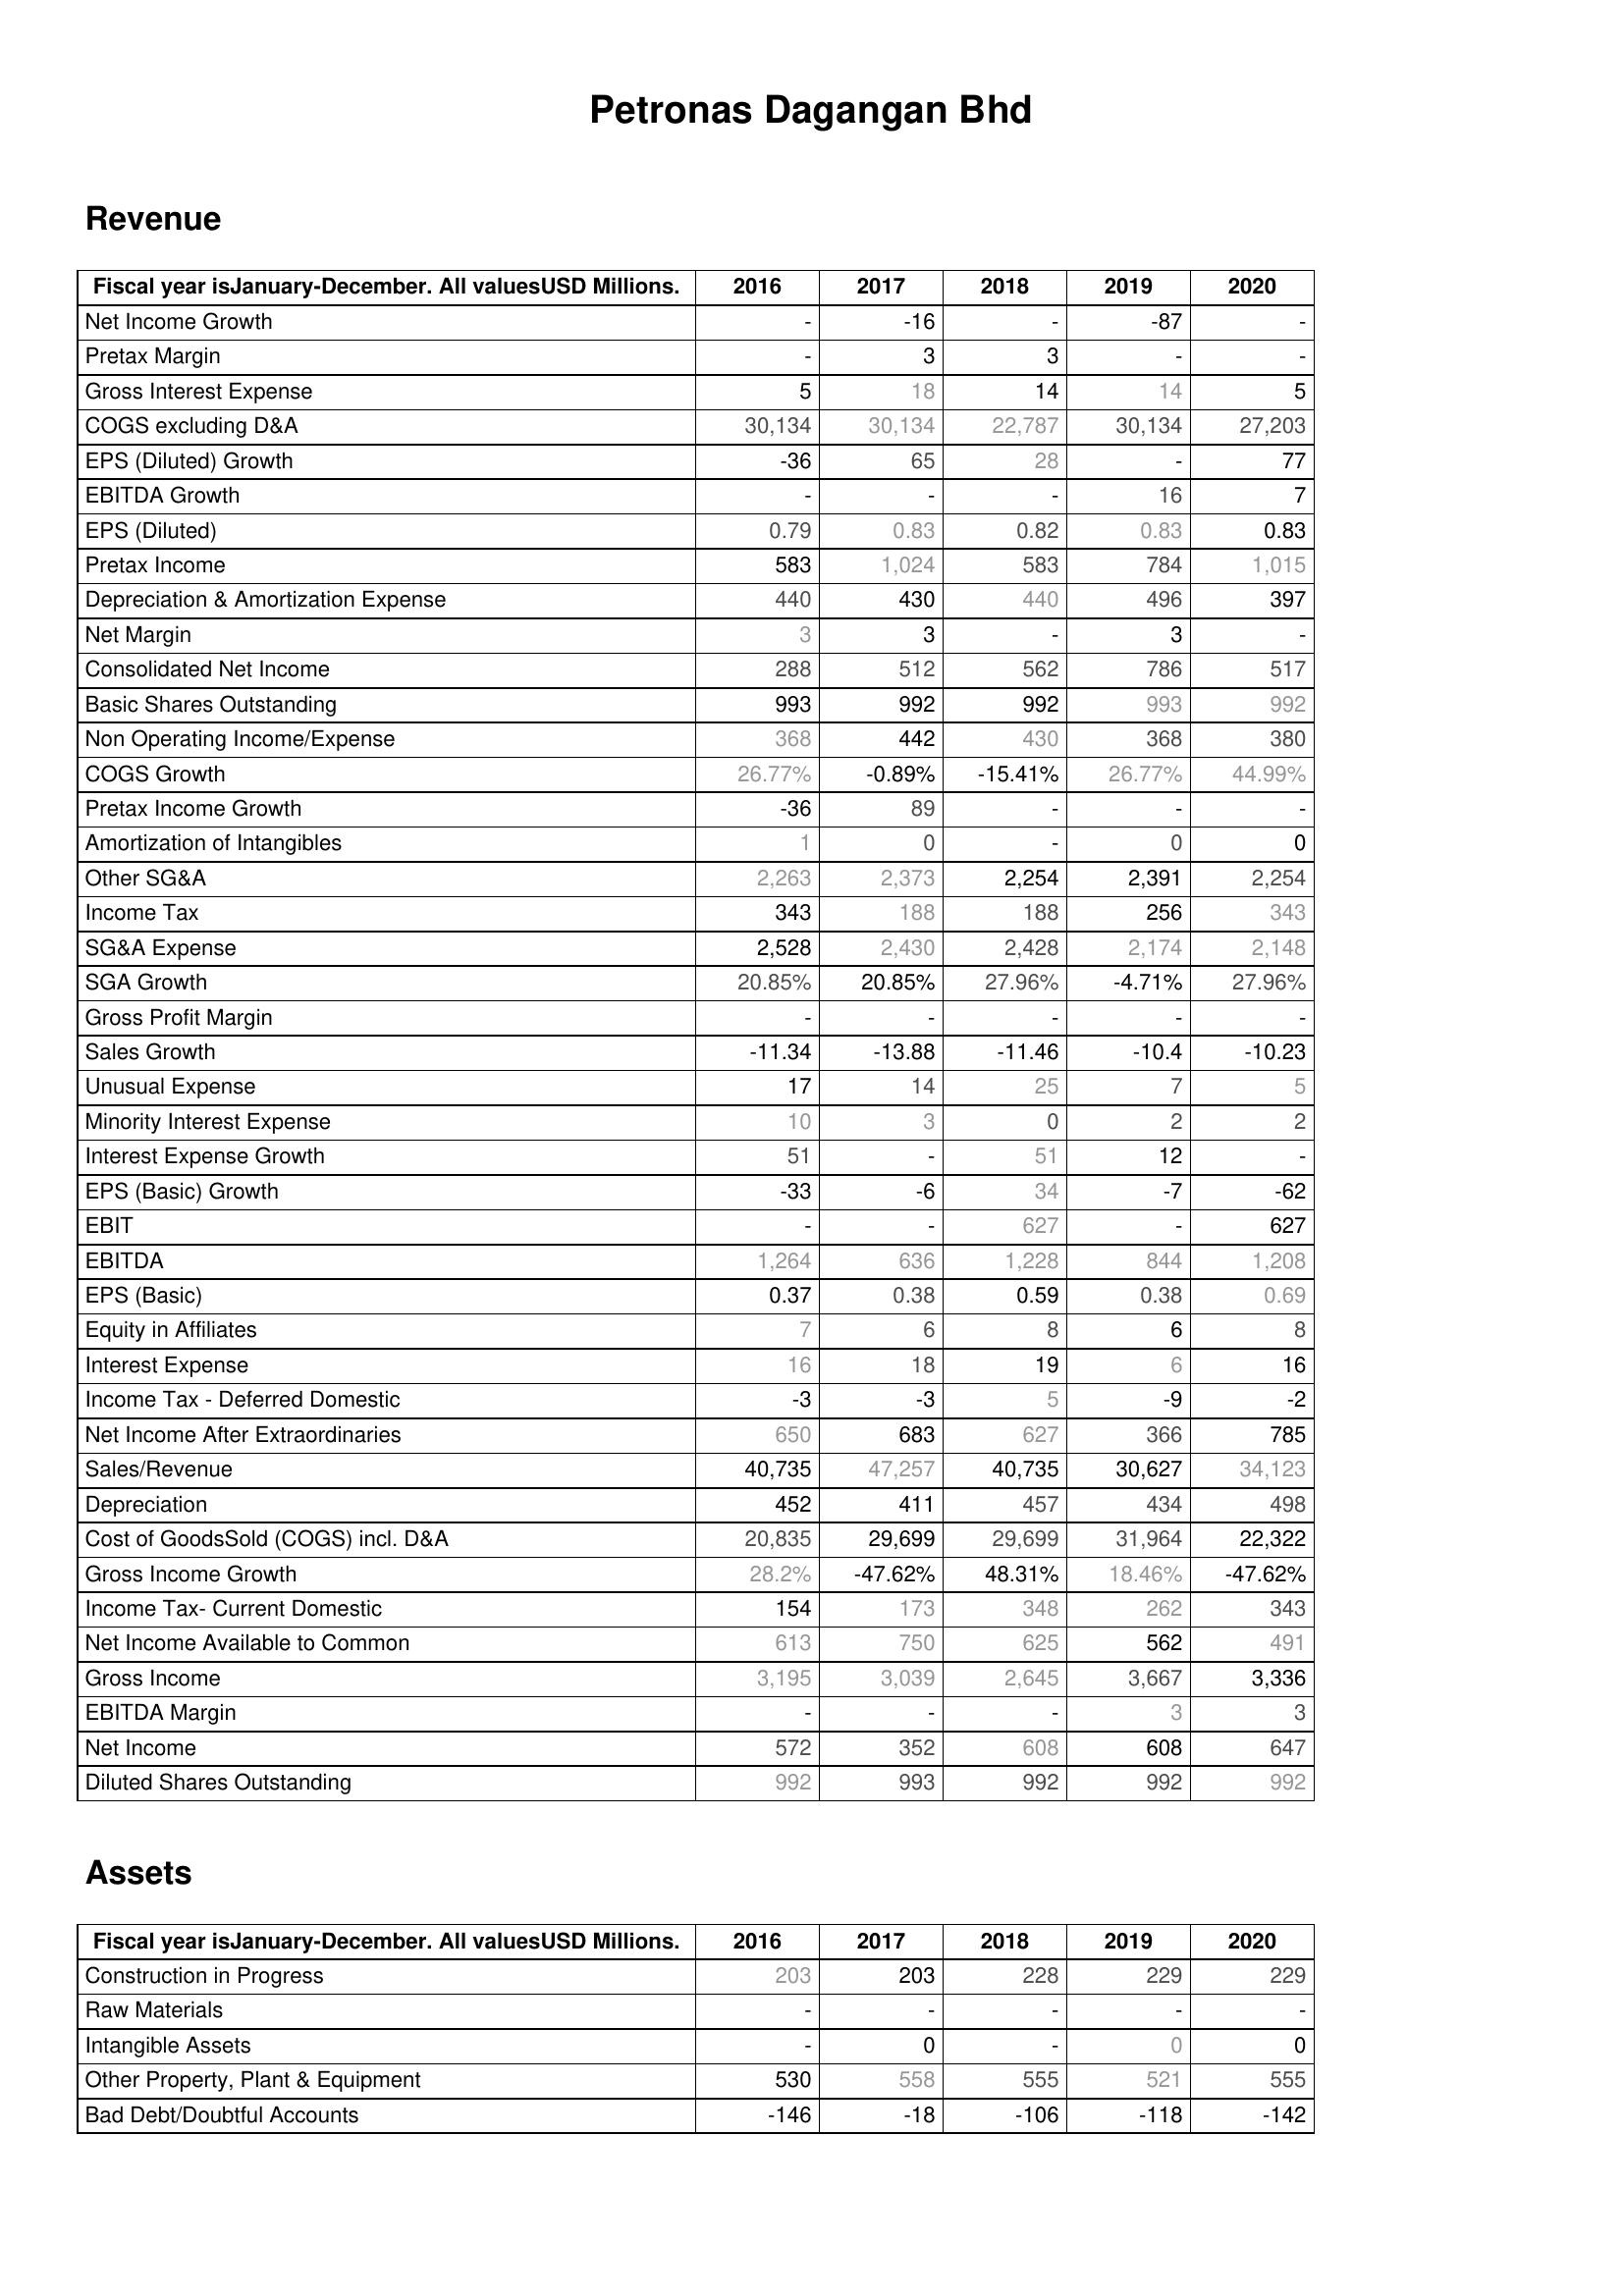
2016: Revenue: Net Income Growth: -
Pretax Margin: -
Gross Interest Expense: 5
COGS excluding D&A: 30,134
EPS (Diluted) Growth: -36
EBITDA Growth: -
EPS (Diluted): 0.79
Pretax Income: 583
Depreciation & Amortization Expense: 440
Net Margin: 3
Consolidated Net Income: 288
Basic Shares Outstanding: 993
Non Operating Income/Expense: 368
COGS Growth: 26.77%
Pretax Income Growth: -36
Amortization of Intangibles: 1
Other SG&A: 2,263
Income Tax: 343
SG&A Expense: 2,528
SGA Growth: 20.85%
Gross Profit Margin: -
Sales Growth: -11.34
Unusual Expense: 17
Minority Interest Expense: 10
Interest Expense Growth: 51
EPS (Basic) Growth: -33
EBIT: -
EBITDA: 1,264
EPS (Basic): 0.37
Equity in Affiliates: 7
Interest Expense: 16
Income Tax - Deferred Domestic: -3
Net Income After Extraordinaries: 650
Sales/Revenue: 40,735
Depreciation: 452
Cost of GoodsSold (COGS) incl. D&A: 20,835
Gross Income Growth: 28.2%
Income Tax- Current Domestic: 154
Net Income Available to Common: 613
Gross Income: 3,195
EBITDA Margin: -
Net Income: 572
Diluted Shares Outstanding: 992
Assets: Construction in Progress: 203
Raw Materials: -
Intangible Assets: -
Other Property, Plant & Equipment: 530
Bad Debt/Doubtful Accounts: -146
2017: Revenue: Net Income Growth: -16
Pretax Margin: 3
Gross Interest Expense: 18
COGS excluding D&A: 30,134
EPS (Diluted) Growth: 65
EBITDA Growth: -
EPS (Diluted): 0.83
Pretax Income: 1,024
Depreciation & Amortization Expense: 430
Net Margin: 3
Consolidated Net Income: 512
Basic Shares Outstanding: 992
Non Operating Income/Expense: 442
COGS Growth: -0.89%
Pretax Income Growth: 89
Amortization of Intangibles: 0
Other SG&A: 2,373
Income Tax: 188
SG&A Expense: 2,430
SGA Growth: 20.85%
Gross Profit Margin: -
Sales Growth: -13.88
Unusual Expense: 14
Minority Interest Expense: 3
Interest Expense Growth: -
EPS (Basic) Growth: -6
EBIT: -
EBITDA: 636
EPS (Basic): 0.38
Equity in Affiliates: 6
Interest Expense: 18
Income Tax - Deferred Domestic: -3
Net Income After Extraordinaries: 683
Sales/Revenue: 47,257
Depreciation: 411
Cost of GoodsSold (COGS) incl. D&A: 29,699
Gross Income Growth: -47.62%
Income Tax- Current Domestic: 173
Net Income Available to Common: 750
Gross Income: 3,039
EBITDA Margin: -
Net Income: 352
Diluted Shares Outstanding: 993
Assets: Construction in Progress: 203
Raw Materials: -
Intangible Assets: 0
Other Property, Plant & Equipment: 558
Bad Debt/Doubtful Accounts: -18
2018: Revenue: Net Income Growth: -
Pretax Margin: 3
Gross Interest Expense: 14
COGS excluding D&A: 22,787
EPS (Diluted) Growth: 28
EBITDA Growth: -
EPS (Diluted): 0.82
Pretax Income: 583
Depreciation & Amortization Expense: 440
Net Margin: -
Consolidated Net Income: 562
Basic Shares Outstanding: 992
Non Operating Income/Expense: 430
COGS Growth: -15.41%
Pretax Income Growth: -
Amortization of Intangibles: -
Other SG&A: 2,254
Income Tax: 188
SG&A Expense: 2,428
SGA Growth: 27.96%
Gross Profit Margin: -
Sales Growth: -11.46
Unusual Expense: 25
Minority Interest Expense: 0
Interest Expense Growth: 51
EPS (Basic) Growth: 34
EBIT: 627
EBITDA: 1,228
EPS (Basic): 0.59
Equity in Affiliates: 8
Interest Expense: 19
Income Tax - Deferred Domestic: 5
Net Income After Extraordinaries: 627
Sales/Revenue: 40,735
Depreciation: 457
Cost of GoodsSold (COGS) incl. D&A: 29,699
Gross Income Growth: 48.31%
Income Tax- Current Domestic: 348
Net Income Available to Common: 625
Gross Income: 2,645
EBITDA Margin: -
Net Income: 608
Diluted Shares Outstanding: 992
Assets: Construction in Progress: 228
Raw Materials: -
Intangible Assets: -
Other Property, Plant & Equipment: 555
Bad Debt/Doubtful Accounts: -106
2019: Revenue: Net Income Growth: -87
Pretax Margin: -
Gross Interest Expense: 14
COGS excluding D&A: 30,134
EPS (Diluted) Growth: -
EBITDA Growth: 16
EPS (Diluted): 0.83
Pretax Income: 784
Depreciation & Amortization Expense: 496
Net Margin: 3
Consolidated Net Income: 786
Basic Shares Outstanding: 993
Non Operating Income/Expense: 368
COGS Growth: 26.77%
Pretax Income Growth: -
Amortization of Intangibles: 0
Other SG&A: 2,391
Income Tax: 256
SG&A Expense: 2,174
SGA Growth: -4.71%
Gross Profit Margin: -
Sales Growth: -10.4
Unusual Expense: 7
Minority Interest Expense: 2
Interest Expense Growth: 12
EPS (Basic) Growth: -7
EBIT: -
EBITDA: 844
EPS (Basic): 0.38
Equity in Affiliates: 6
Interest Expense: 6
Income Tax - Deferred Domestic: -9
Net Income After Extraordinaries: 366
Sales/Revenue: 30,627
Depreciation: 434
Cost of GoodsSold (COGS) incl. D&A: 31,964
Gross Income Growth: 18.46%
Income Tax- Current Domestic: 262
Net Income Available to Common: 562
Gross Income: 3,667
EBITDA Margin: 3
Net Income: 608
Diluted Shares Outstanding: 992
Assets: Construction in Progress: 229
Raw Materials: -
Intangible Assets: 0
Other Property, Plant & Equipment: 521
Bad Debt/Doubtful Accounts: -118
2020: Revenue: Net Income Growth: -
Pretax Margin: -
Gross Interest Expense: 5
COGS excluding D&A: 27,203
EPS (Diluted) Growth: 77
EBITDA Growth: 7
EPS (Diluted): 0.83
Pretax Income: 1,015
Depreciation & Amortization Expense: 397
Net Margin: -
Consolidated Net Income: 517
Basic Shares Outstanding: 992
Non Operating Income/Expense: 380
COGS Growth: 44.99%
Pretax Income Growth: -
Amortization of Intangibles: 0
Other SG&A: 2,254
Income Tax: 343
SG&A Expense: 2,148
SGA Growth: 27.96%
Gross Profit Margin: -
Sales Growth: -10.23
Unusual Expense: 5
Minority Interest Expense: 2
Interest Expense Growth: -
EPS (Basic) Growth: -62
EBIT: 627
EBITDA: 1,208
EPS (Basic): 0.69
Equity in Affiliates: 8
Interest Expense: 16
Income Tax - Deferred Domestic: -2
Net Income After Extraordinaries: 785
Sales/Revenue: 34,123
Depreciation: 498
Cost of GoodsSold (COGS) incl. D&A: 22,322
Gross Income Growth: -47.62%
Income Tax- Current Domestic: 343
Net Income Available to Common: 491
Gross Income: 3,336
EBITDA Margin: 3
Net Income: 647
Diluted Shares Outstanding: 992
Assets: Construction in Progress: 229
Raw Materials: -
Intangible Assets: 0
Other Property, Plant & Equipment: 555
Bad Debt/Doubtful Accounts: -142